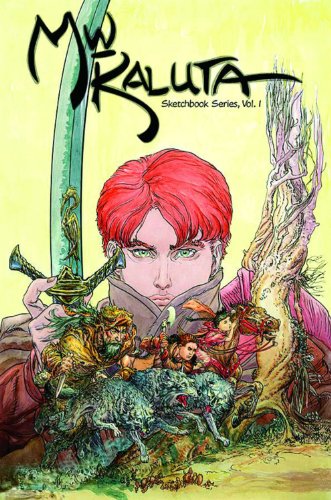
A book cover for Michael Wm. Kaluta: Sketchbook Series Volume 1; Michael Wm. Kaluta; Comics & Graphic Novels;